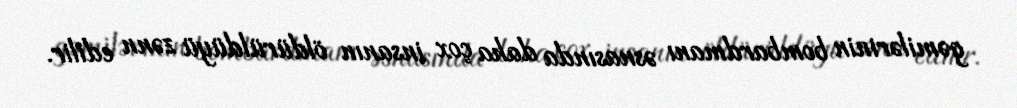
gəmilərinin bombardmanı əsnasında daha çox insanın öldürüldüyü zənn edilir.